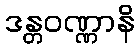
ဒန္တဝဏ္ဏာနိ